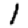
Digit: 1